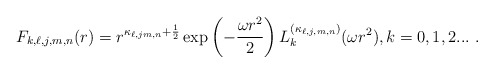
\begin{align*}F_{k,\ell,j,m,n}(r)=r^{\kappa _{\ell,jm,n}+\frac{1}{2}}\exp \left(-\frac{\omega r^{2}}{2}\right)L_{k}^{(\kappa _{\ell,j,m,n})}(\omega r^{2}),k=0,1,2... \ . \end{align*}